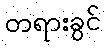
တရားခွင်